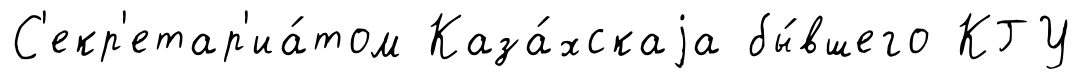
С'екр'етар'иа́том Каза́хскаjа бы́вшего КГУ